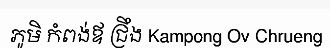
ភូមិ កំពង់ឪ ជ្រឹង Kampong Ov Chrueng